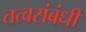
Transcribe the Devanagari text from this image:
तत्वसंबंधी